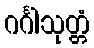
ဂင်္ဂါသုတ္တံ